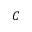
C